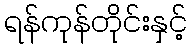
ရန်ကုန်တိုင်းနှင့်